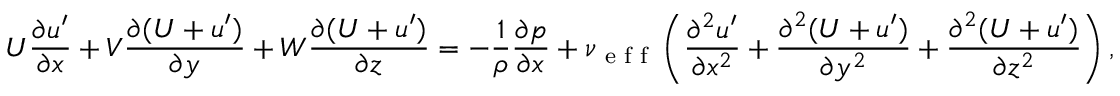
U \frac { \partial u ^ { \prime } } { \partial x } + V \frac { \partial ( U + u ^ { \prime } ) } { \partial y } + W \frac { \partial ( U + u ^ { \prime } ) } { \partial z } = - \frac { 1 } { \rho } \frac { \partial p } { \partial x } + \nu \textsubscript { e f f } \left( \frac { \partial ^ { 2 } u ^ { \prime } } { \partial x ^ { 2 } } + \frac { \partial ^ { 2 } ( U + u ^ { \prime } ) } { \partial y ^ { 2 } } + \frac { \partial ^ { 2 } ( U + u ^ { \prime } ) } { \partial z ^ { 2 } } \right) ,